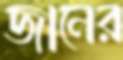
জানের